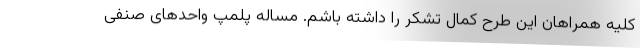
کلیه همراهان این طرح کمال تشکر را داشته باشم. مساله پلمپ واحدهای صنفی